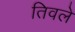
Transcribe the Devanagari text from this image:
तिवले